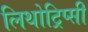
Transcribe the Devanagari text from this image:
लिथोट्रिप्सी